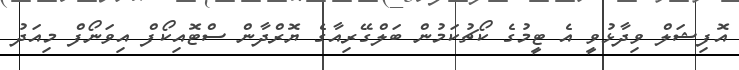
އޮފިޝަލް ވިދާޅުވީ އެ ޓީމުގެ ކޯޗުކަމުން ބަލްގޭރިއާގެ ޔޮރްދާން ސްޓޮއިކޯފް އިވަނޯފް މިއަދު